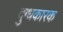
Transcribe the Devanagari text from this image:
दुग्धकारक